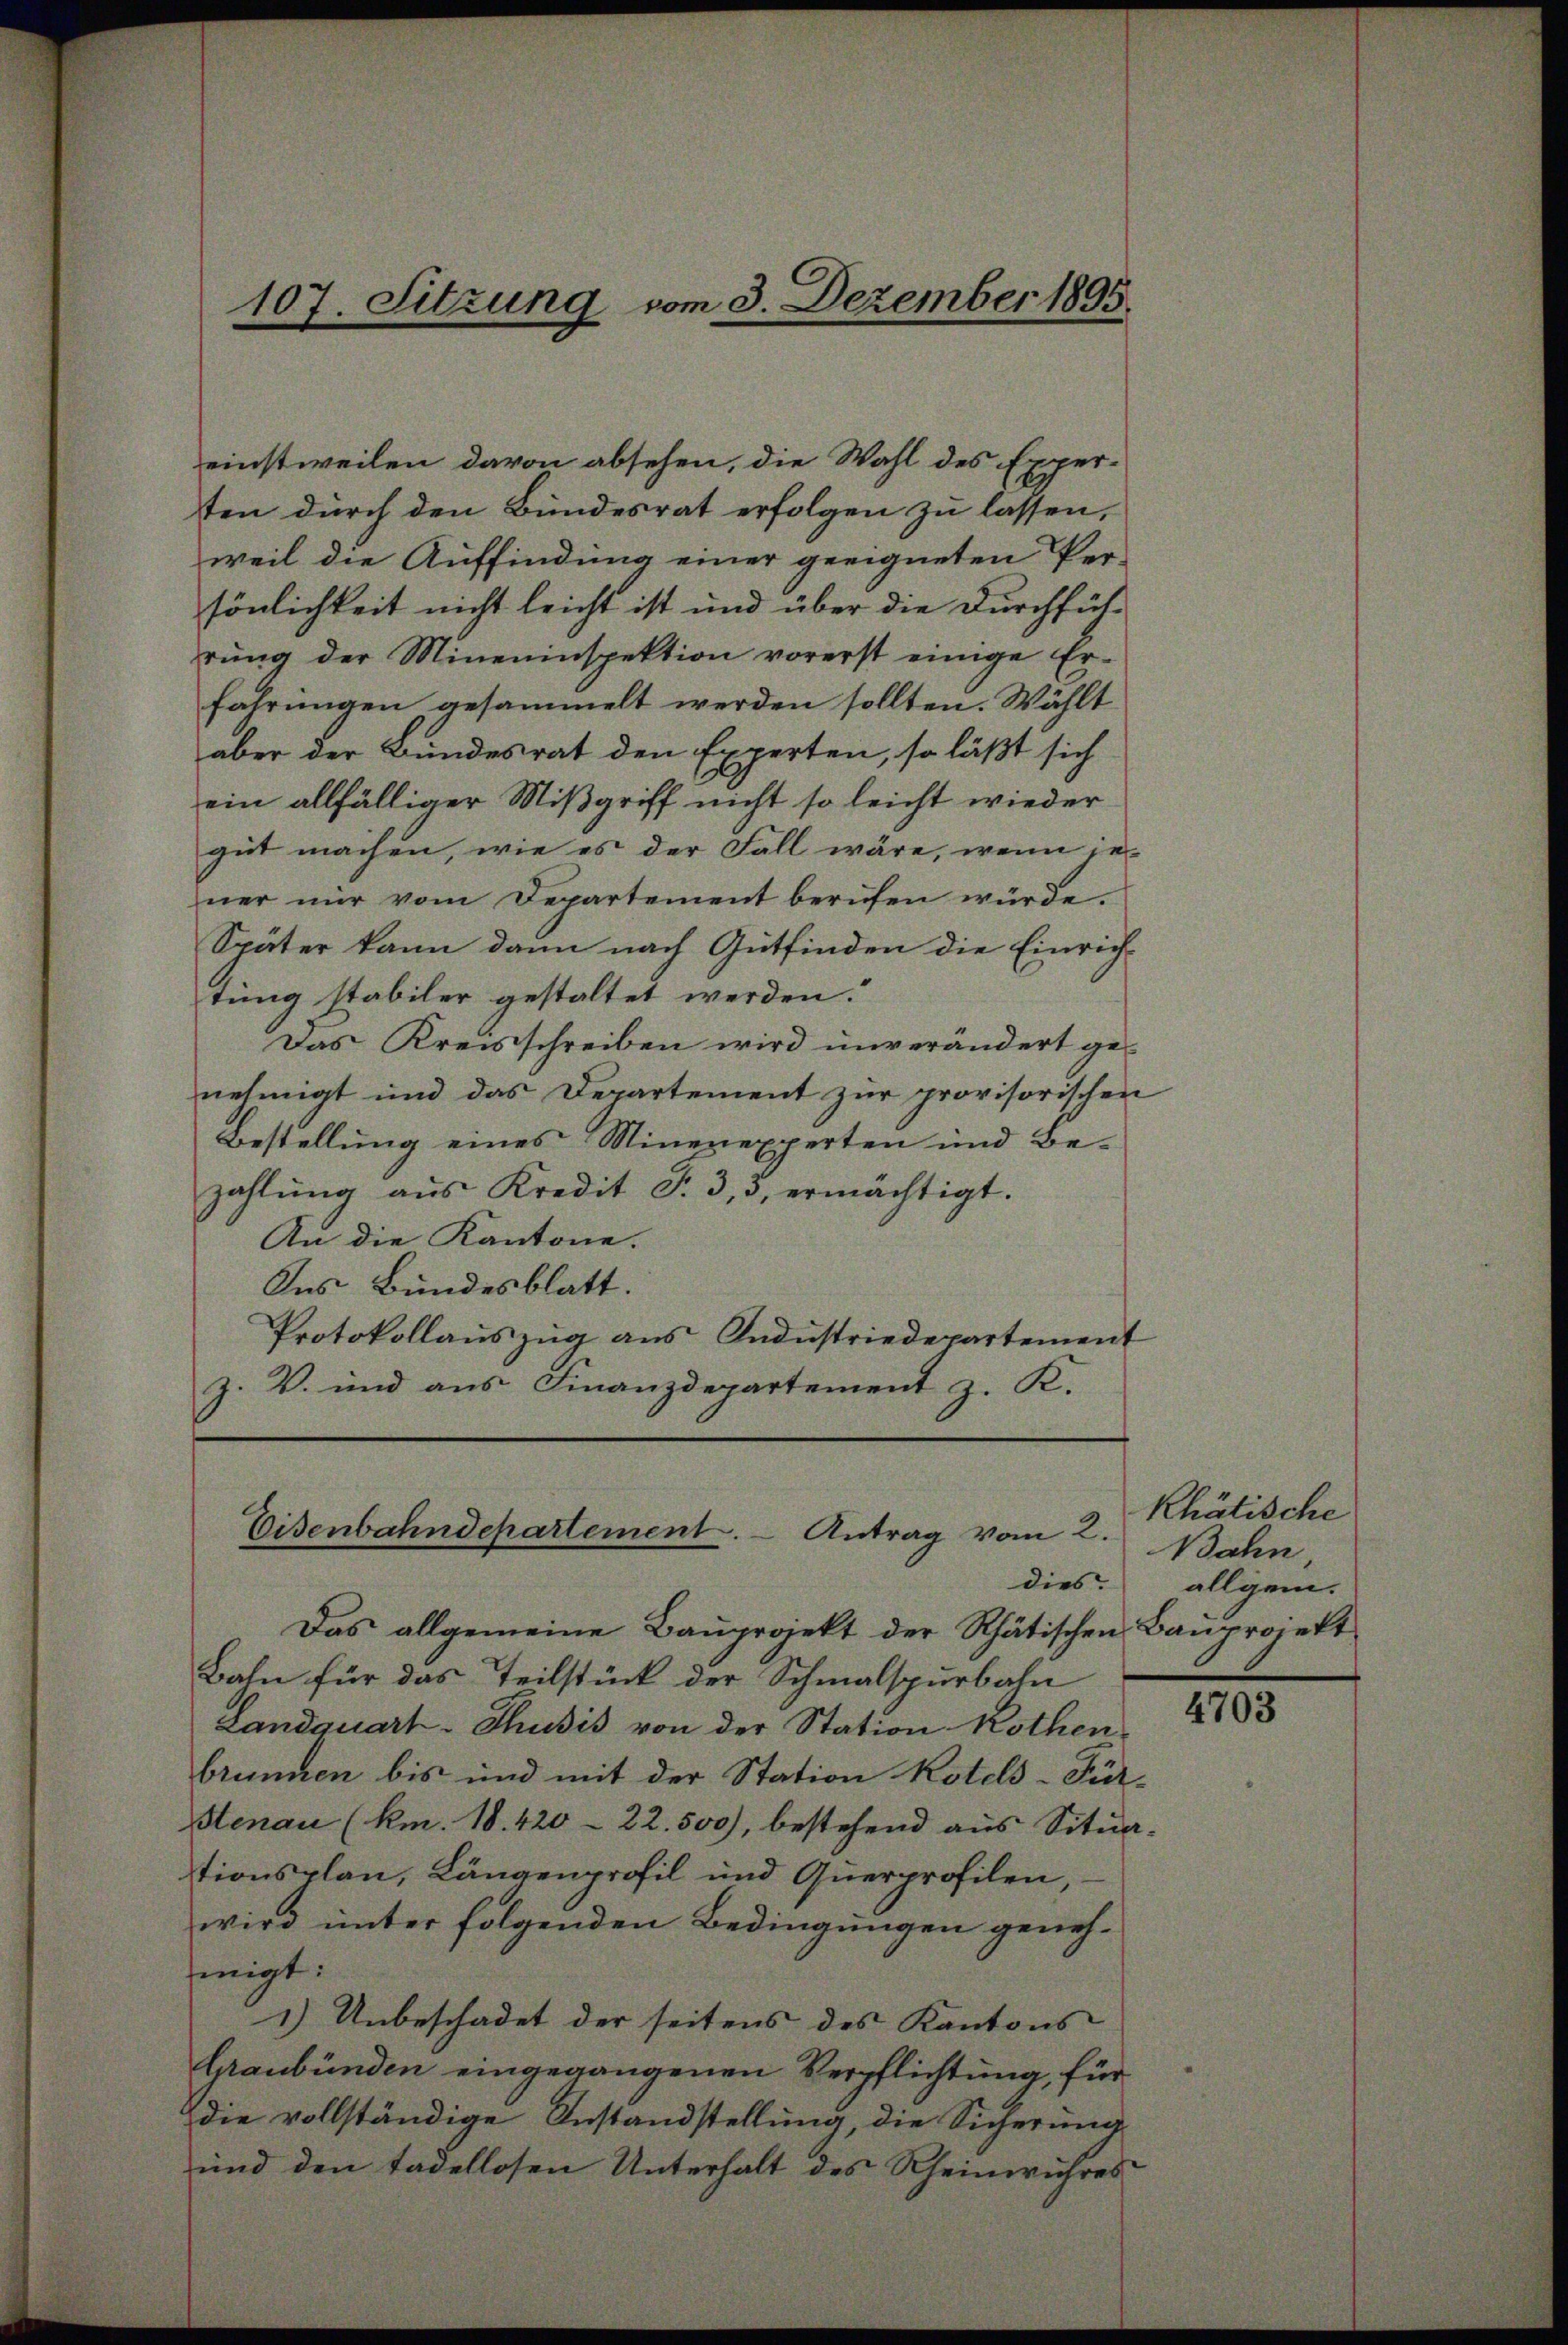
einstweilen davon absehen, die Wahl des Exper-
ten durch den Bundesrat erfolgen zu lassen,
weil die Auffindung einer geeigneten Per-
sönlichkeit nicht leicht ist und über die Durchführŭng der Mineninspektion vorerst einige Er-
fahrungen gesammelt werden sollten. Wählt
aber der Bundesrat den Experten, so läßt sich
ein allfälliger Mißgriff nicht so leicht wieder
gut machen, wie es der Fall wäre, wenn je-
ner nur vom Departement berufen würde.
Später kann dann nach Gutfinden die Einrich-
tung stabiler gestaltet werden.
Das Kreisschreiben wird unverändert genehmigt und das Departement zur provisorischen
Bestellung eines Minerexperten und Be-
zahlŭng aŭs Kredit F. 3, 3, ermächtigt.
An die Kantone.
Ins Bundesblatt.
Protokollauszug aus Industriedepartement
z. V. und aus Finanzdepartement z. K.

107. Sitzung vom 3. Dezember 1895.

Eisenbahndepartement. - Antrag vom 2.

dies

Das allgemeine Bauprojekt der Rhätischen Bauprojekt
Bahn für das Teilstück der Schmalspurbahn
Landquart-Thusis von der Station Kothen-
brunnen bis und mit der Station Kotels-Für-
Stenau (km. 18. 420 - 22. 500), bestehend aus Situa-
tionsplan, Längenprofil und Querprofilen,
wird unter folgenden Bedingungen geneh-
migt:
1) Unbeschadet der seitens des Kantons
Graubünden eingegangenen Verpflichtung, für
die vollständige Anstandstellung, die Sicherung
und den tadellosen Unterhalt des Rheinwuhres

Rhätische
Bahn
allgem.

4703